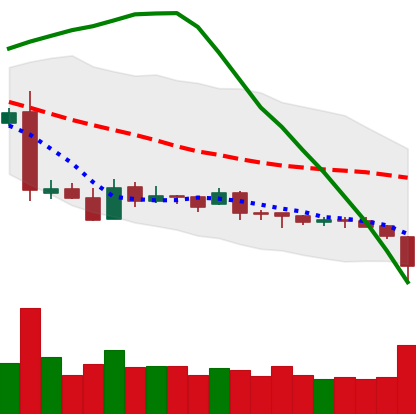
Ticker: XRP-USD
Chart end date: 2019-01-28
Forward return: 5.443%
Label: up_5_7